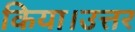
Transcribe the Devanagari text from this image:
किया।उत्तर